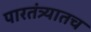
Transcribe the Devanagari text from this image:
पारतंत्र्यातच